Preliminary report on the killing of rats and rat fleas by hydrocyanic acid gas - Number 38
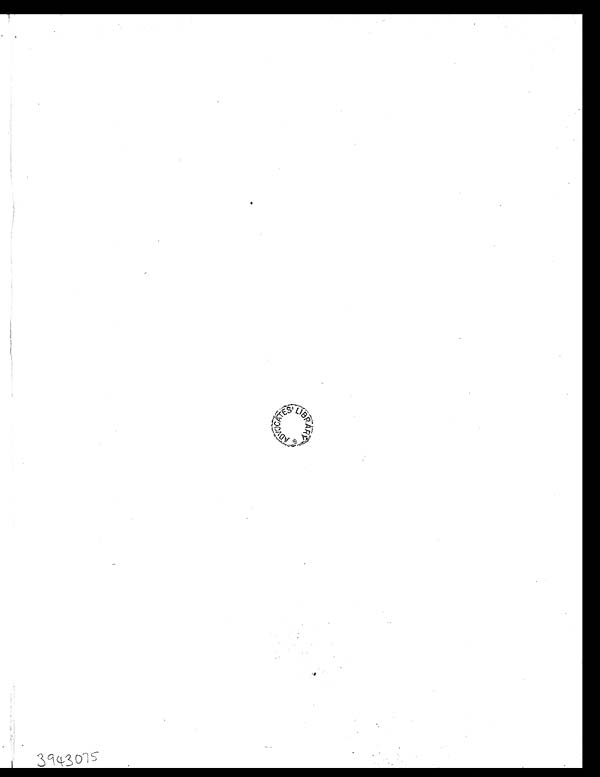
)
3 9 4 3 0 7 5